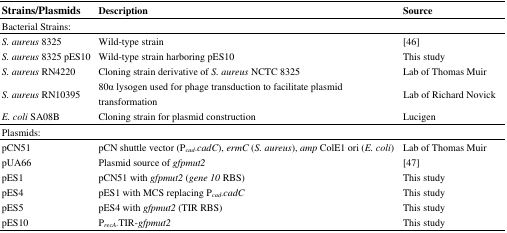
<table><thead><tr><td><b>Strains/Plasmids</b></td><td><b>Description</b></td><td><b>Source</b></td></tr></thead><tbody><tr><td colspan="3">Bacterial Strains:</td></tr><tr><td><i>S. aureus</i> 8325</td><td>Wild-type strain</td><td>[46]</td></tr><tr><td><i>S. aureus</i> 8325 pES10</td><td>Wild-type strain harboring pES10</td><td>This study</td></tr><tr><td><i>S. aureus</i> RN4220</td><td>Cloning strain derivative of <i>S. aureus</i> NCTC 8325</td><td>Lab of Thomas Muir</td></tr><tr><td><i>S. aureus</i> RN10395</td><td>80α lysogen used for phage transduction to facilitate plasmid transformation</td><td>Lab of Richard Novick</td></tr><tr><td><i>E. coli</i> SA08B</td><td>Cloning strain for plasmid construction</td><td>Lucigen</td></tr><tr><td colspan="3">Plasmids:</td></tr><tr><td>pCN51</td><td>pCN shuttle vector (P<sub><i>cad</i></sub>-<i>cadC</i>), <i>ermC</i> (<i>S. aureus</i>), <i>amp</i> ColE1 ori (<i>E. coli</i>)</td><td>Lab of Thomas Muir</td></tr><tr><td>pUA66</td><td>Plasmid source of <i>gfpmut2</i></td><td>[47]</td></tr><tr><td>pES1</td><td>pCN51 with <i>gfpmut2</i> (<i>gene 10</i> RBS)</td><td>This study</td></tr><tr><td>pES4</td><td>pES1 with MCS replacing P<sub><i>cad</i></sub>-<i>cadC</i></td><td>This study</td></tr><tr><td>pES5</td><td>pES4 with <i>gfpmut2</i> (TIR RBS)</td><td>This study</td></tr><tr><td>pES10</td><td>P<sub><i>recA</i></sub>-TIR-<i>gfpmut2</i></td><td>This study</td></tr></tbody></table>